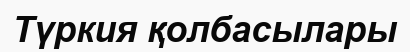
Түркия қолбасылары